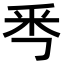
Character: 𠀭